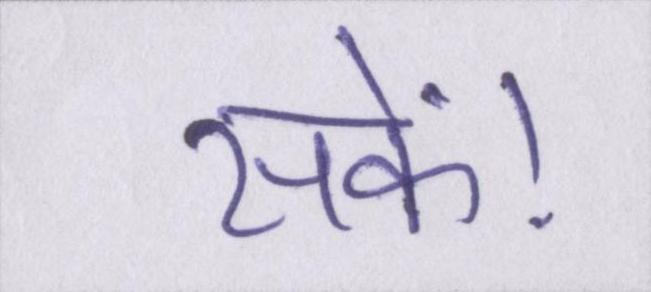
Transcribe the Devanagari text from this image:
सकें।